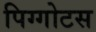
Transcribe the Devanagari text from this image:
पिग्गोटस